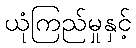
ယုံကြည်မှုနှင့်